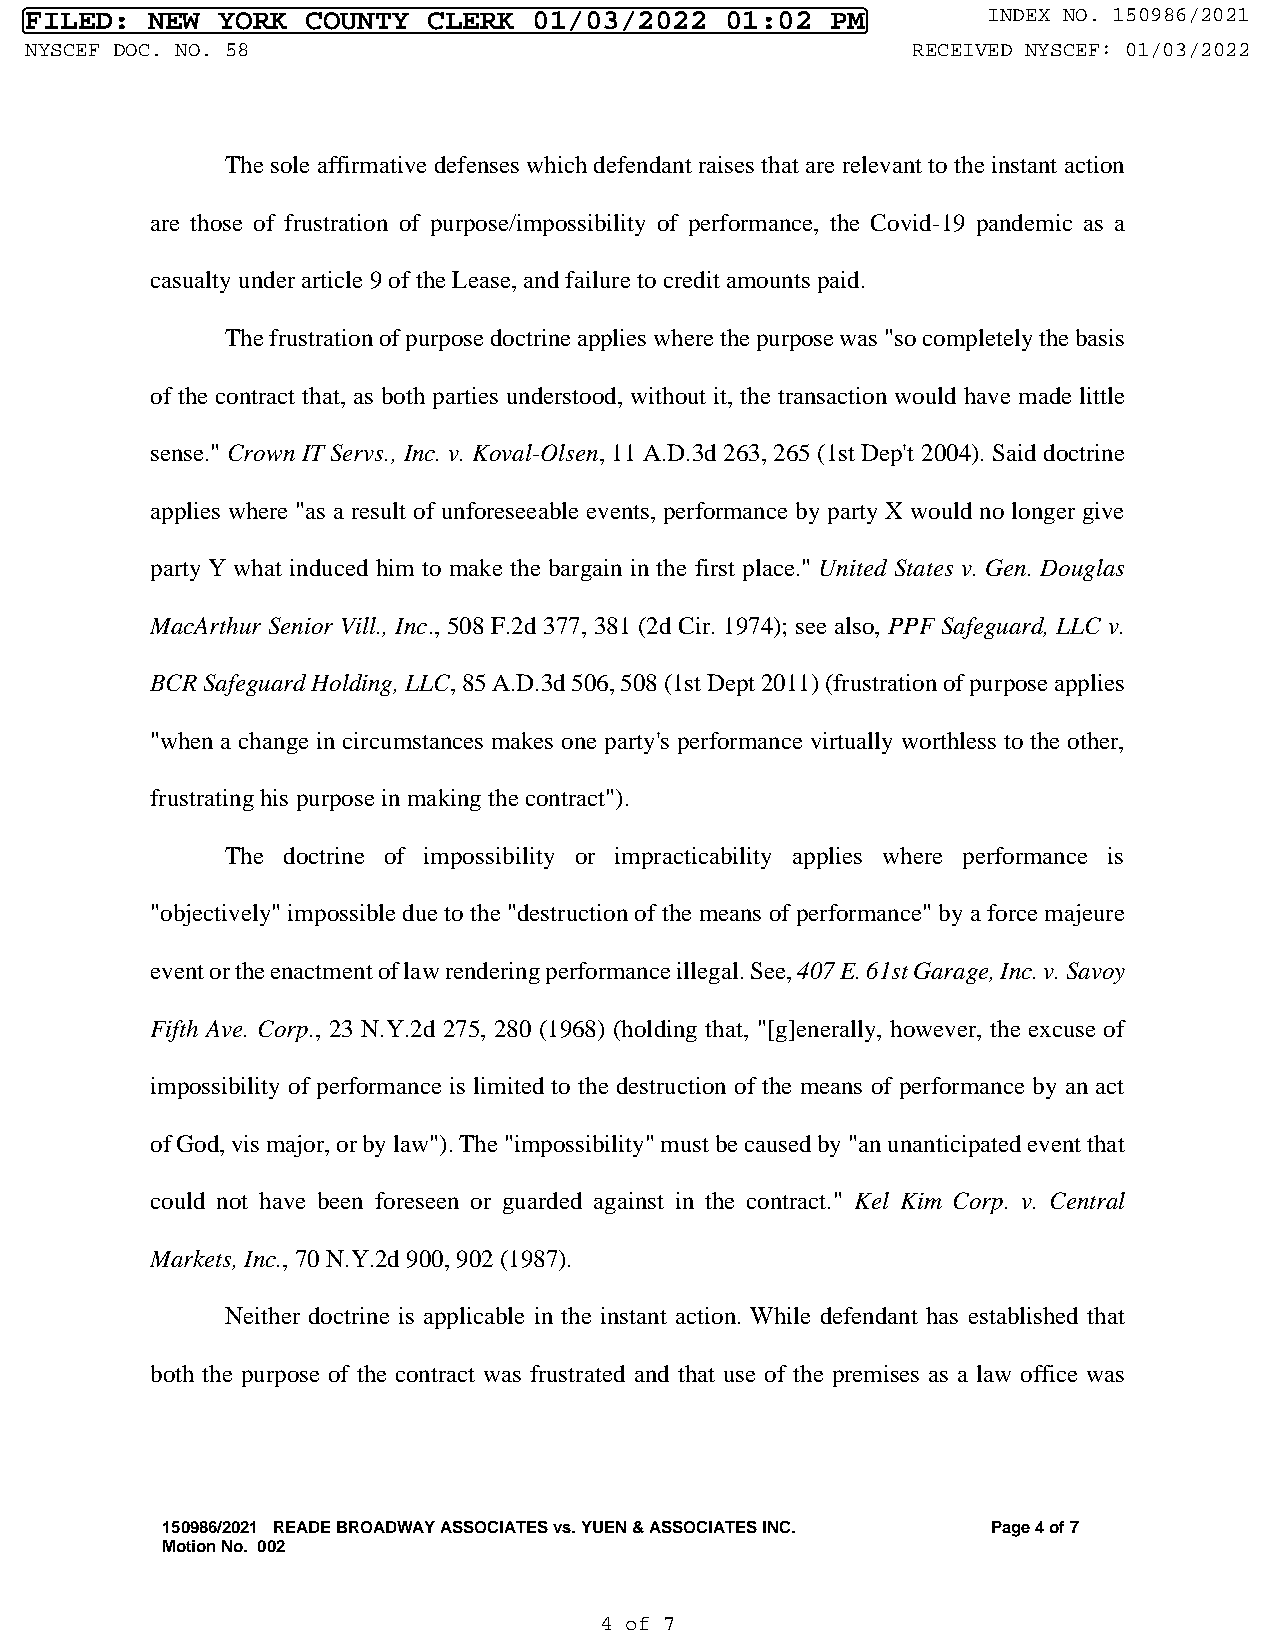
FILED:  NEW YORK  COUNTY  CLERK  01/03/2022   01:02  PM        INDEX NO. 150986/2021
 NYSCEF DOC. NO. 58                                        RECEIVED NYSCEF: 01/03/2022
 The sole affirmative defenses which defendant raises that are relevant to the instant action
 are those of frustration of purpose/impossibility of performance, the Covid-19 pandemic as a
 casualty under article 9 of the Lease, and failure to credit amounts paid.
 The frustration of purpose doctrine applies where the purpose was "so completely the basis
 of the contract that, as both parties understood, without it, the transaction would have made little
 sense." Crown IT Servs., Inc. v. Koval-Olsen, 11 A.D.3d 263, 265 (1st Dep't 2004). Said doctrine
 applies where "as a result of unforeseeable events, performance by party X would no longer give
 party Y what induced him to make the bargain in the first place." United States v. Gen. Douglas
 MacArthur Senior Vill., Inc., 508 F.2d 377, 381 (2d Cir. 1974); see also, PPF Safeguard, LLC v.
 BCR Safeguard Holding, LLC, 85 A.D.3d 506, 508 (1st Dept 2011) (frustration of purpose applies
 "when a change in circumstances makes one party's performance virtually worthless to the other,
 frustrating his purpose in making the contract").
 The doctrine of impossibility or impracticability applies where performance is
 "objectively" impossible due to the "destruction of the means of performance" by a force majeure
 event or the enactment of law rendering performance illegal. See, 407 E. 61st Garage, Inc. v. Savoy
 Fifth Ave. Corp., 23 N.Y.2d 275, 280 (1968) (holding that, "[g]enerally, however, the excuse of
 impossibility of performance is limited to the destruction of the means of performance by an act
 of God, vis major, or by law"). The "impossibility" must be caused by "an unanticipated event that
 could not have been foreseen or guarded against in the contract." Kel Kim Corp. v. Central
 Markets, Inc., 70 N.Y.2d 900, 902 (1987).
 Neither doctrine is applicable in the instant action. While defendant has established that
 both the purpose of the contract was frustrated and that use of the premises as a law office was
 150986/2021 READE BROADWAY ASSOCIATES vs. YUEN & ASSOCIATES INC. Page 4 of 7
 Motion No. 002
 4 of 7